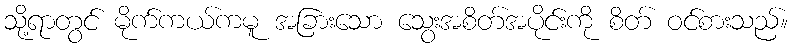
သို့ရာတွင် မိုက်ကယ်ကမူ အခြားသော သွေးအစိတ်အပိုင်းကို စိတ် ဝင်စားသည်။